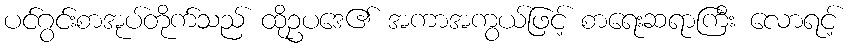
ပင်ဂွင်းစာအုပ်တိုက်သည် ထိုဥပဒေ၏ အကာအကွယ်ဖြင့် စာရေးဆရာကြီး လောရင့်